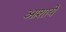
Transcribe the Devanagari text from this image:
आशायें